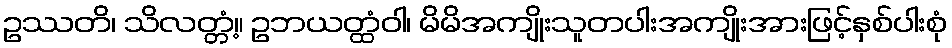
ဥဿတိ၊ သိလတ္တံ့။ ဥဘယတ္ထံဝါ၊ မိမိအကျိုးသူတပါးအကျိုးအားဖြင့်နှစ်ပါးစုံ